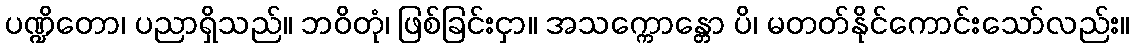
ပဏ္ဍိတော၊ ပညာရှိသည်။ ဘဝိတုံ၊ ဖြစ်ခြင်းငှာ။ အသက္ကောန္တော ပိ၊ မတတ်နိုင်ကောင်းသော်လည်း။